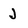
Character: J